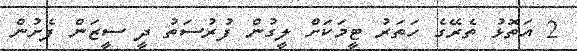
2 އަތޮޅު ތެރޭގެ ހަތަރު ޓީމަކަށް ލީގުން ފުރުސަތު ދީ ސީޒަން ފެށުން